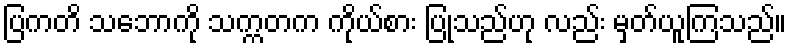
ပြကတိ သဘောကို သက္ကတက ကိုယ်စား ပြုသည်ဟု လည်း မှတ်ယူကြသည်။